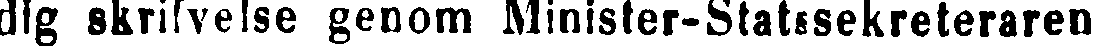
dig skrifvelse genom Minister-Statssekreteraren